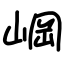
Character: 㟠